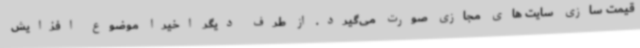
قیمت سازی سایت های مجازی صورت می‌گیرد. از طرف دیگر اخیرا موضوع افزایش